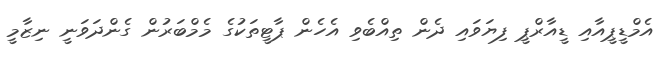
އެމްޑީޕީއާއި ޑީއާރްޕީ ފިޔަވައި ދެން ތިއްބެވި އެހެން ޕާޓީތަކުގެ މެމްބަރުން ގެންދަވަނީ ނިޒާމީ